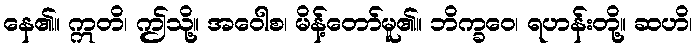
နေ၏။ ဣတိ၊ ဤသို့။ အဝေါစ၊ မိန့်တော်မူ၏။ ဘိက္ခဝေ၊ ရဟန်းတို့။ ဆဟိ၊